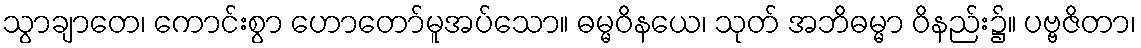
သွာချာတေ၊ ကောင်းစွာ ဟောတော်မူအပ်သော။ ဓမ္မဝိနယေ၊ သုတ် အဘိဓမ္မာ ဝိနည်း၌။ ပဗ္ဗဇိတာ၊